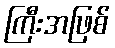
ကြီးအဖြစ်